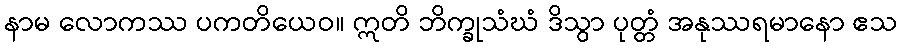
နာမ လောကဿ ပကတိယေဝ။ ဣတိ ဘိက္ခုသံဃံ ဒိသွာ ပုတ္တံ အနုဿရမာနော ဧသ